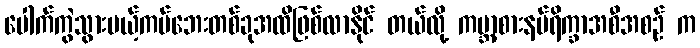
ပေါက်ကွဲသွားမယ့်ကပ်ဘေးတစ်ခုအထိဖြစ်လာနိုင် တယ်လို့ ကမ္ဘာ့စားနပ်ရိက္ခာအစီအစဉ် က